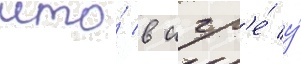
что́ в игр'е́ у́